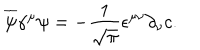
\overline { { { \psi } } } \gamma ^ { \mu } \psi = - \frac { 1 } { \sqrt { \pi } } \epsilon ^ { \mu \nu } \partial _ { \nu } c .